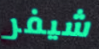
شيفر